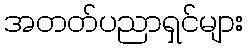
အတတ်ပညာရှင်များ